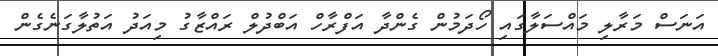
އަނަސް މަރާލި މައްސަލާގައި ހޯދަމުން ގެންދާ އަފްރާހް އަބްދުލް ރައްޒާގު މިއަދު އަތުލާގަނެގެން